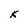
Character: k